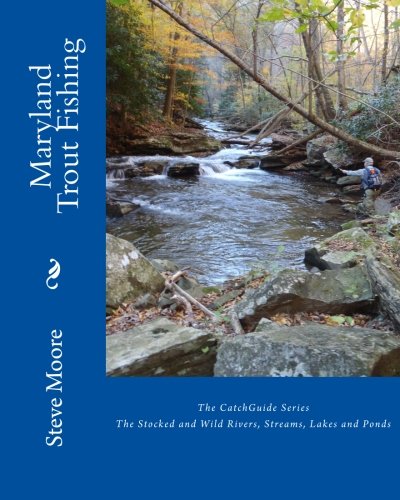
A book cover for Maryland Trout Fishing: The Stocked and Wild Rivers, Streams, Lakes and Ponds; Steve Moore; Travel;